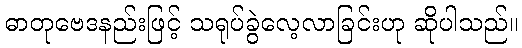
ဓာတုဗေဒနည်းဖြင့် သရုပ်ခွဲလေ့လာခြင်းဟု ဆိုပါသည်။